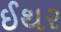
ઈથર